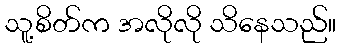
သူ့စိတ်က အလိုလို သိနေသည်။